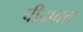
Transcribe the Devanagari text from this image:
बीदावत